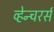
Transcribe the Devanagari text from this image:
व्हेन्चरर्स